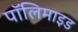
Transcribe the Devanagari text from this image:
पॉलिमाइड